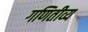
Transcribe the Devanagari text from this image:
गणितीव्य